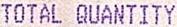
TOTAL QUANTITY